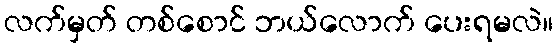
လက်မှတ် တစ်စောင် ဘယ်လောက် ပေးရမလဲ။